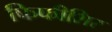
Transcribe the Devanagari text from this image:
फिफीशिर